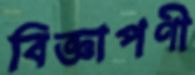
বিজ্ঞাপণী